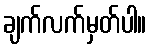
ချက်လက်မှတ်ပါ။